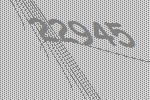
22945